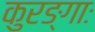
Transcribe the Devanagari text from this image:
कुरङ्गाः